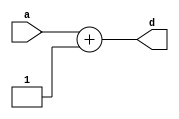
`timescale 1ns / 1ps
//////////////////////////////////////////////////////////////////////////////////
// Module Name: INC
// Group: amarnathajay_ankurlimaye
//////////////////////////////////////////////////////////////////////////////////


module INC( a, d );
    
    parameter DATAWIDTH = 2;
    input [DATAWIDTH-1:0] a;
    output reg [DATAWIDTH-1:0] d;
        
    always @ ( a ) begin
        d <= a + 1;
    end
        
endmodule